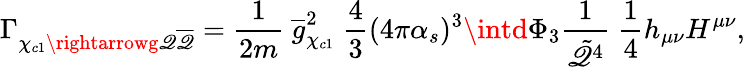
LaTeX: \Gamma_{\chi_{c1}\rightarrowg\mathscr{Q}{\overline{{{\mathscr{Q}}}}}}=\frac{{1}}{{2m}}\ {\overline{{{g}}}}_{\chi_{c1}}^{2}\ \frac{{4}}{{3}}(4\pi\alpha_{s})^{3}\intd\Phi_{3}\frac{{1}}{{\tilde{{\mathscr{Q}}}^{4}}}\ \frac{{1}}{{4}}h_{\mu\nu}H^{\mu\nu},